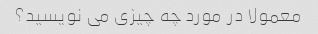
معمولا در مورد چه چیزی می نویسید؟